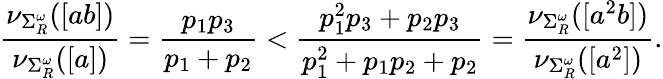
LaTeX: \frac{\nu_{\Sigma_{R}^{\omega}}([ab])}{\nu_{\Sigma_{R}^{\omega}}([a])}=\frac{p_{1}p_{3}}{p_{1}+p_{2}}<\frac{p_{1}^{2}p_{3}+p_{2}p_{3}}{p_{1}^{2}+p_{1}p_{2}+p_{2}}=\frac{\nu_{\Sigma_{R}^{\omega}}([a^{2}b])}{\nu_{\Sigma_{R}^{\omega}}([a^{2}])}.